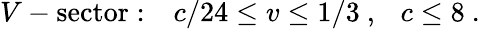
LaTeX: V-\mathrm{sector}:{}~{}~{}~c/24\leq v\leq 1/3{}~,{}~{}~{}~c\leq 8{}~.